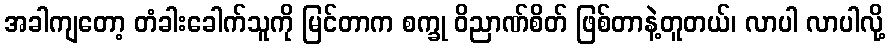
အခါကျတော့ တံခါးခေါက်သူကို မြင်တာက စက္ခု ဝိညာဏ်စိတ် ဖြစ်တာနဲ့တူတယ်၊ လာပါ လာပါလို့